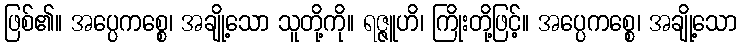
ဖြစ်၏။ အပ္ပေကစ္စေ၊ အချို့သော သူတို့ကို။ ရဇ္ဇူဟိ၊ ကြိုးတို့ဖြင့်။ အပ္ပေကစ္စေ၊ အချို့သော